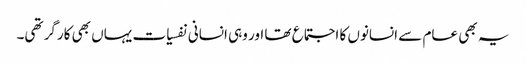
یہ بھی عام سے انسانوں کا اجتماع تھا اور وہی انسانی نفسیات یہاں بھی کارگر تھی۔